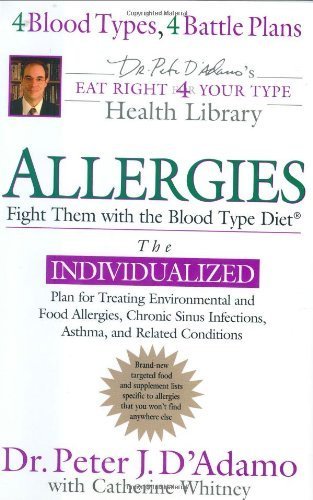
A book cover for Allergies: Fight Them with the Blood Type Diet (Eat Right for Your Type) by D'Adamo, Dr. Peter J. (2005) Hardcover; Dr. Peter J. D'Adamo; Health, Fitness & Dieting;